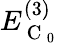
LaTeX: E_{\mathrm{~C~}_{0}}^{(3)}